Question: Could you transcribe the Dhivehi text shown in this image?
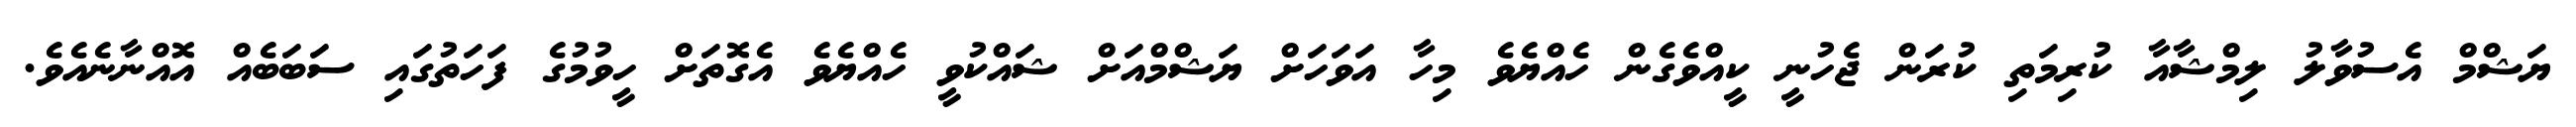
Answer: ޔަޝްމް އެސުވާލު ލިމްޝާއާ ކުރިމަތި ކުރަން ޖެހުނީ ކީއްވެގެން ހެއްޔެވެ މިހާ އަވަހަށް ޔަޝްމްއަށް ޝައްކުވީ ހެއްޔެވެ އެގޮތަށް ހީވުމުގެ ފަހަތުގައި ސަބަބެއް އޮއްނާނެއެވެ.